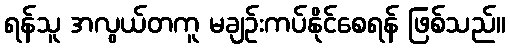
ရန်သူ အလွယ်တကူ မချဉ်းကပ်နိုင်စေရန် ဖြစ်သည်။